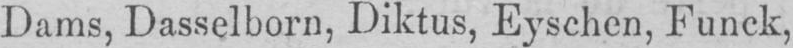
Dams, Dasselborn, Diktus, Eyschen, Funck,